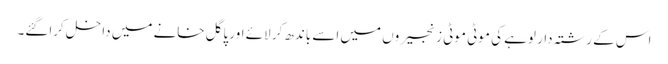
اس کے رشتہ دار لوہے کی موٹی موٹی زنجیروں میں اسے باندھ کر لائے اور پاگل خانے میں داخل کراگئے۔